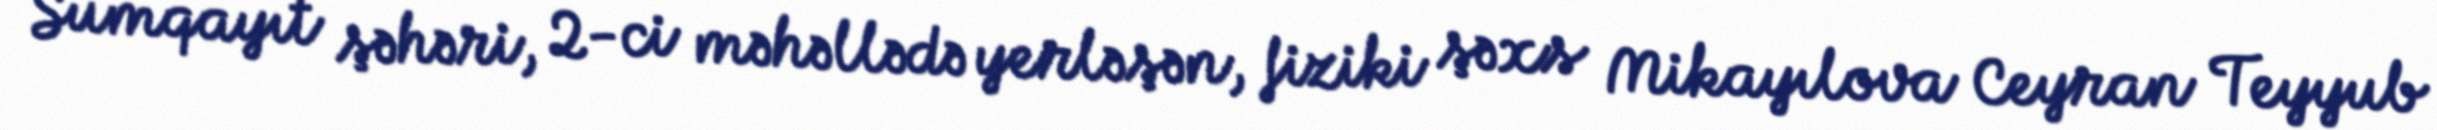
Sumqayıt şəhəri, 2-ci məhəllədə yerləşən, fiziki şəxs Mikayılova Ceyran Teyyub